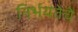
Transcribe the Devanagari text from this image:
निर्भयतेचे